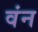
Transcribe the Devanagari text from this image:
वंन